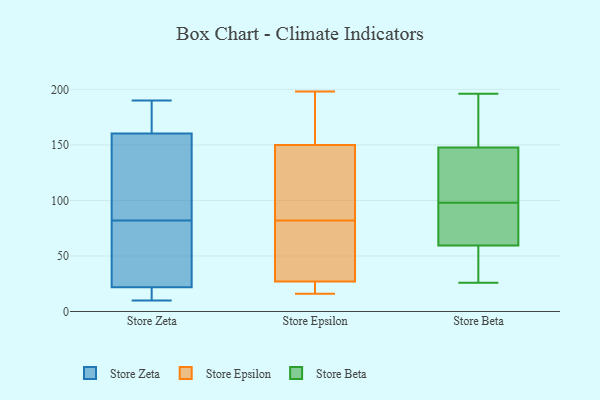
{"axis": {"x": "Budget (USD K)", "y": "Value"}, "legend": ["Store Beta", "Store Epsilon", "Store Zeta"], "data": [{"x": "", "y": 82, "type": "Store Zeta"}, {"x": "", "y": 11, "type": "Store Zeta"}, {"x": "", "y": 138, "type": "Store Zeta"}, {"x": "", "y": 13, "type": "Store Zeta"}, {"x": "", "y": 161, "type": "Store Zeta"}, {"x": "", "y": 10, "type": "Store Zeta"}, {"x": "", "y": 112, "type": "Store Zeta"}, {"x": "", "y": 24, "type": "Store Zeta"}, {"x": "", "y": 163, "type": "Store Zeta"}, {"x": "", "y": 190, "type": "Store Zeta"}, {"x": "", "y": 123, "type": "Store Zeta"}, {"x": "", "y": 182, "type": "Store Zeta"}, {"x": "", "y": 160, "type": "Store Zeta"}, {"x": "", "y": 78, "type": "Store Zeta"}, {"x": "", "y": 41, "type": "Store Zeta"}, {"x": "", "y": 15, "type": "Store Zeta"}, {"x": "", "y": 79, "type": "Store Zeta"}, {"x": "", "y": 198, "type": "Store Epsilon"}, {"x": "", "y": 16, "type": "Store Epsilon"}, {"x": "", "y": 69, "type": "Store Epsilon"}, {"x": "", "y": 177, "type": "Store Epsilon"}, {"x": "", "y": 102, "type": "Store Epsilon"}, {"x": "", "y": 24, "type": "Store Epsilon"}, {"x": "", "y": 16, "type": "Store Epsilon"}, {"x": "", "y": 95, "type": "Store Epsilon"}, {"x": "", "y": 144, "type": "Store Epsilon"}, {"x": "", "y": 30, "type": "Store Epsilon"}, {"x": "", "y": 34, "type": "Store Epsilon"}, {"x": "", "y": 156, "type": "Store Epsilon"}, {"x": "", "y": 30, "type": "Store Beta"}, {"x": "", "y": 67, "type": "Store Beta"}, {"x": "", "y": 26, "type": "Store Beta"}, {"x": "", "y": 145, "type": "Store Beta"}, {"x": "", "y": 30, "type": "Store Beta"}, {"x": "", "y": 156, "type": "Store Beta"}, {"x": "", "y": 196, "type": "Store Beta"}, {"x": "", "y": 74, "type": "Store Beta"}, {"x": "", "y": 98, "type": "Store Beta"}, {"x": "", "y": 143, "type": "Store Beta"}, {"x": "", "y": 66, "type": "Store Beta"}, {"x": "", "y": 188, "type": "Store Beta"}, {"x": "", "y": 170, "type": "Store Beta"}, {"x": "", "y": 83, "type": "Store Beta"}, {"x": "", "y": 127, "type": "Store Beta"}, {"x": "", "y": 40, "type": "Store Beta"}, {"x": "", "y": 141, "type": "Store Beta"}]}